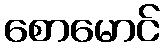
စောမောင်